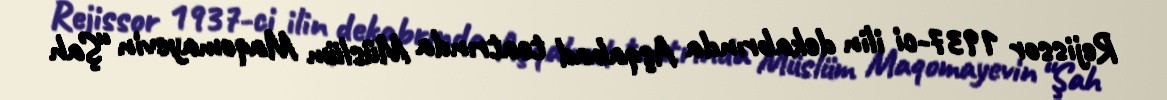
Rejissor 1937-ci ilin dekabrında Aşqabad teatrında Müslüm Maqomayevin “Şah